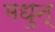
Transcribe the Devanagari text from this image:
मधुन्